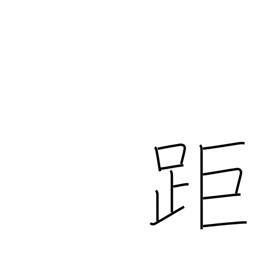
Meaning: long-distance